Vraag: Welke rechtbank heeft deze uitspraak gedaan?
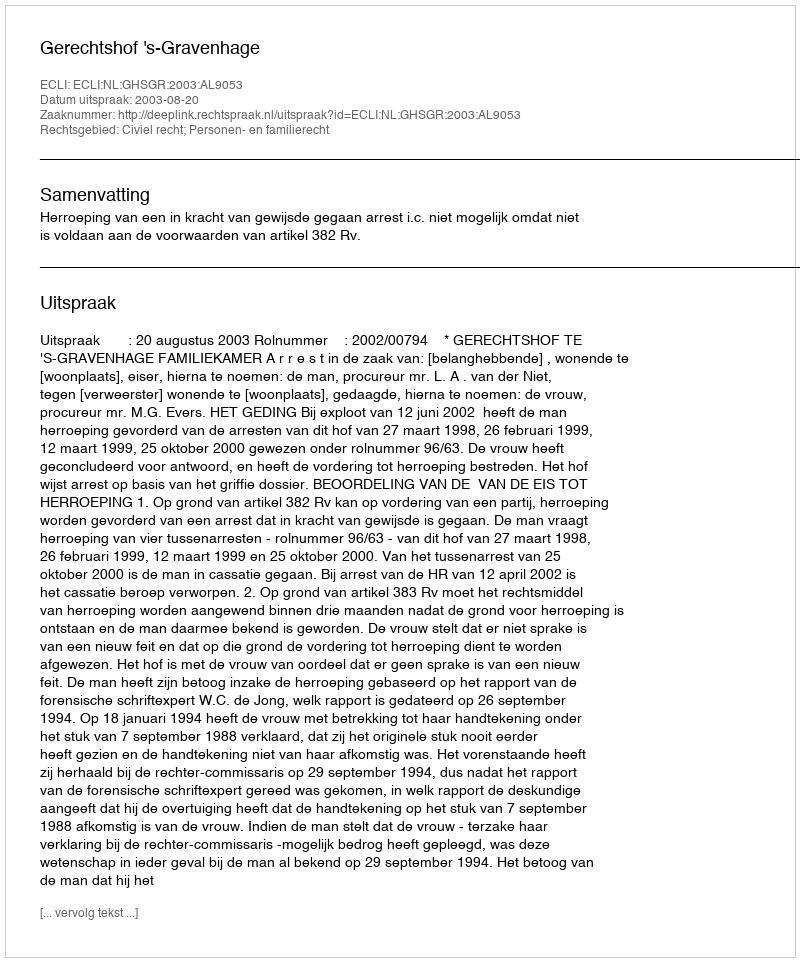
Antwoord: Gerechtshof 's-Gravenhage